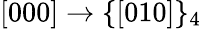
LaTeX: [000]\rightarrow\{ [010]\} _{4}